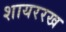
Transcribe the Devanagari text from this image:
शायररख